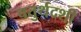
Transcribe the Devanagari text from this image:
चतुर्थदशी